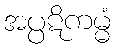
အပ္ပဋိကမ္မံ